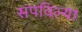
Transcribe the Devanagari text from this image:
संपविल्या